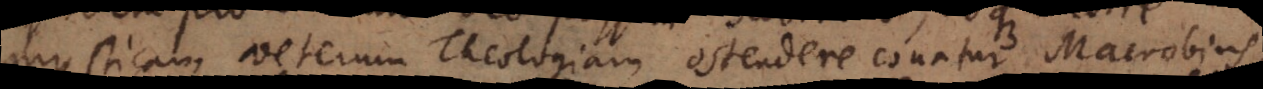
mysticam veterum Theologiam ostendere conatur Macrobius;